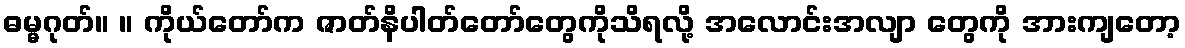
ဓမ္မဂုတ်။ ။ ကိုယ်တော်က ဇာတ်နိပါတ်တော်တွေကိုသိရလို့ အလောင်းအလျာ တွေကို အားကျတော့